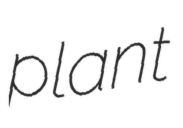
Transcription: plant